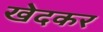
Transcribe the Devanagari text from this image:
खेदकर